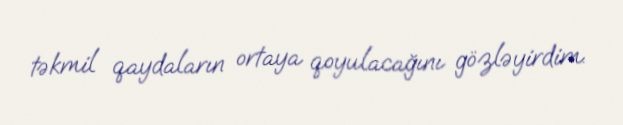
təkmil qaydaların ortaya qoyulacağını gözləyirdim.